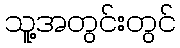
သူ့အတွင်းတွင်